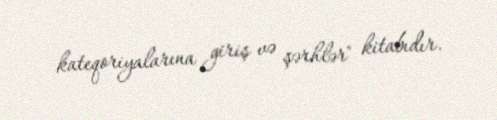
kateqoriyalarına giriş və şərhlər" kitabıdır.